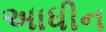
અાધીન